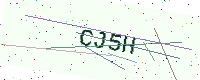
Text: CJ5H